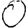
Digit: 0